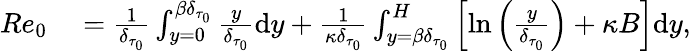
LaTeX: \begin{array}{rl}{Re_{0}}&{{}=\frac{1}{\delta_{\tau_{0}}}\int_{y=0}^{{\beta}\delta_{\tau_{0}}}\frac{y}{\delta_{\tau_{0}}}\mathrm{d}y+\frac{1}{\kappa\delta_{\tau_{0}}}\int_{y={\beta}\delta_{\tau_{0}}}^{H}\left[\ln\left(\frac{y}{\delta_{\tau_{0}}}\right)+\kappa B\right]\mathrm{d}y,}\end{array}